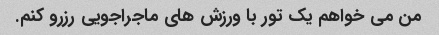
من می خواهم یک تور با ورزش های ماجراجویی رزرو کنم.